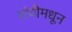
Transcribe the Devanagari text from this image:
रांचीमधून